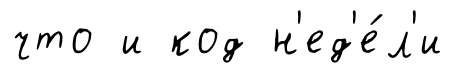
что и код н'ед'е́л'и